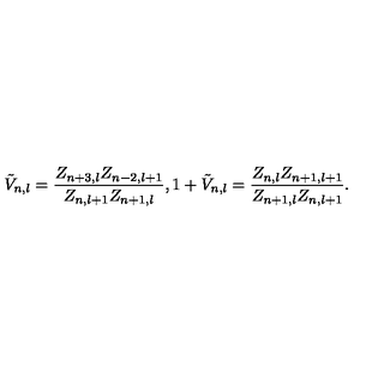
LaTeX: \tilde { V } _ { n , l } = \frac { Z _ { n + 3 , l } Z _ { n - 2 , l + 1 } } { Z _ { n , l + 1 } Z _ { n + 1 , l } } , 1 + \tilde { V } _ { n , l } = \frac { Z _ { n , l } Z _ { n + 1 , l + 1 } } { Z _ { n + 1 , l } Z _ { n , l + 1 } } .